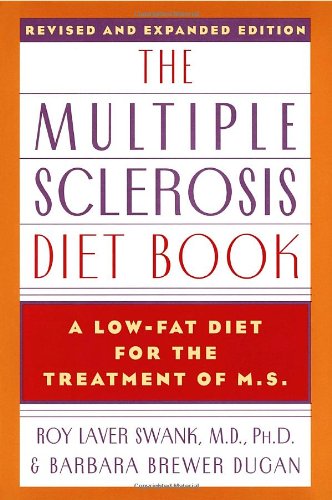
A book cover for The Multiple Sclerosis Diet Book; Roy Laver Swank; Cookbooks, Food & Wine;